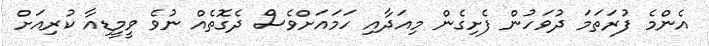
އެންމެ ފުރަތަމަ ދުވަހުން ފެށިގެން މިއަދާއި ހަމައަށްވެސް ދެގޮތެއް ނުވެ ވީމީޑިއާ ކުރިއަށް